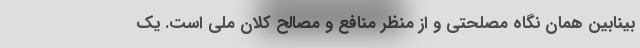
بینابین همان نگاه مصلحتی و از منظر منافع و مصالح کلان ملی است. یک